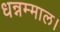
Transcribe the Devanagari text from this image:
धन्नम्माल।